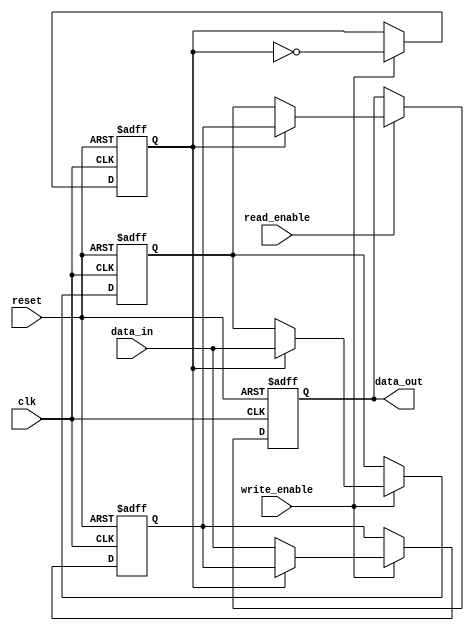
module double_buffer_register (
    input wire clk,
    input wire reset,
    input wire [7:0] data_in,      // Assuming 8-bit data input
    input wire write_enable,
    input wire read_enable,
    output reg [7:0] data_out       // Assuming 8-bit data output
);

    reg [7:0] buffer_a;             // First buffer
    reg [7:0] buffer_b;             // Second buffer
    reg active_buffer;               // 0 for buffer_a, 1 for buffer_b

    // Asynchronous reset and sequential logic
    always @(posedge clk or posedge reset) begin
        if (reset) begin
            buffer_a <= 8'b0;        // Clear buffer_a
            buffer_b <= 8'b0;        // Clear buffer_b
            active_buffer <= 1'b0;    // Start with buffer_a as active
            data_out <= 8'b0;         // Clear output
        end else begin
            // Write operation
            if (write_enable) begin
                if (active_buffer == 1'b0) begin
                    buffer_a <= data_in; // Write to buffer_a
                end else begin
                    buffer_b <= data_in; // Write to buffer_b
                end
                active_buffer <= ~active_buffer; // Toggle active buffer
            end
            
            // Read operation
            if (read_enable) begin
                if (active_buffer == 1'b0) begin
                    data_out <= buffer_b; // Read from buffer_b
                end else begin
                    data_out <= buffer_a; // Read from buffer_a
                end
            end
        end
    end

endmodule